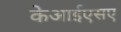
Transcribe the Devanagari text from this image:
केआईएसए